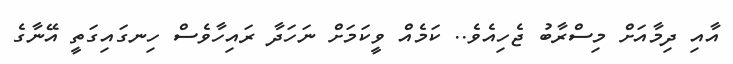
އާއި ދިމާއަށް މިސްރާބު ޖެހިއެވެ.. ކަމެއް ވީކަމަށް ނަހަދާ ރައިހާވެސް ހިނގައިގަތީ އޭނާގެ